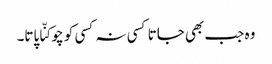
وہ جب بھی جاتا کسی نہ کسی کو چوکنّا پاتا۔